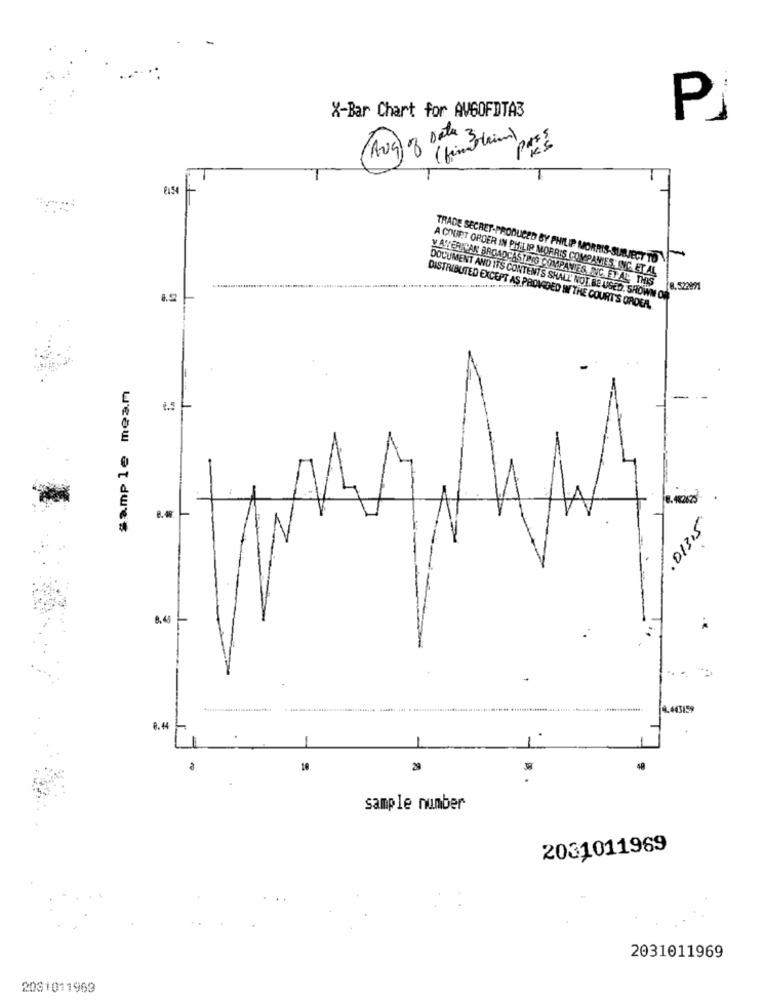
X-Bar Chart for AVGOFDTA3
Pj
PES
Aug 8 (han am)
L
TRADE SECRET-PRODUCED BY PHILIP MORRIS-SUBJECT TO
A COURT ORDER IN PHILIP MORRIS COMPANIES, ING. ET AL
VAYERICAN BROADCASTING COMPANIES INC. ET ALL THIS 8.52991
DOCUMENT AND ITS CONTENTS SHALL NOT. BE USED. SHOWN ON
DISTRIBUTED EXCEPT AS PROVIDED IN THE COURT'S ORDEA.
sample mea.m
8.4265
,5
8.45
9.443159
8.44
.
sample number
2031011969
2031011969
2031011969